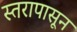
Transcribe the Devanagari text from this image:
स्तरापासून